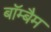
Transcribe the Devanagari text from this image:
बॉम्बैम